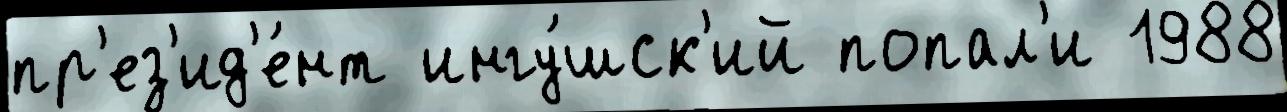
пр'ез'ид'е́нт ингу́шск'ий попал'и 1988